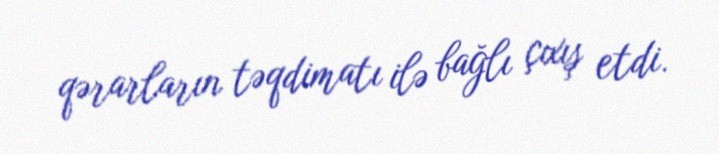
qərarların təqdimatı ilə bağlı çıxış etdi.